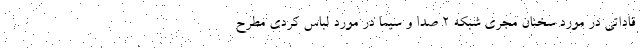
قاداتی در مورد سخنان مجری شبکه ۲ صدا و سیما در مورد لباس کردی مطرح